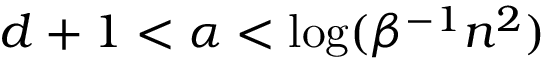
d + 1 < \alpha < \log ( \beta ^ { - 1 } n ^ { 2 } )